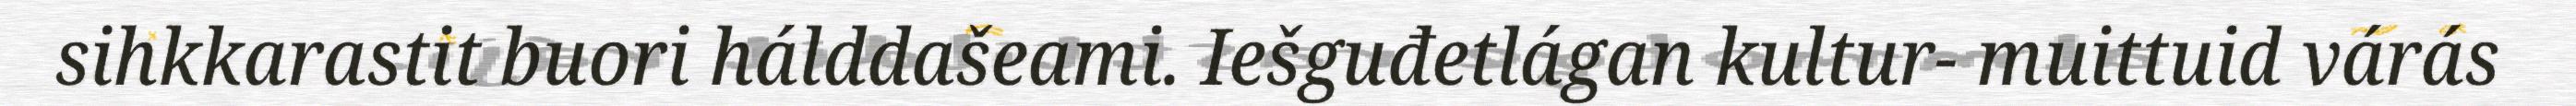
sihkkarastit buori hálddašeami. Iešguđetlágan kultur- muittuid várás